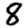
Digit: 8